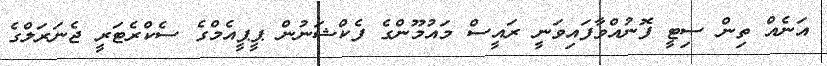
އަނެއް ތިން ސިޓީ ފޮނުއްވާފައިވަނީ ރައީސް މައުމޫންގެ ފެކްޝަނުން ޕީޕީއެމްގެ ސެކްރެޓަރީ ޖެނަރަލްގެ